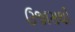
ઉજાસથી